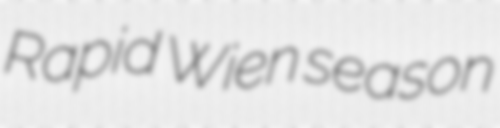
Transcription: Rapid Wien season